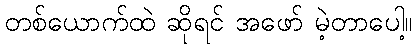
တစ်ယောက်ထဲ ဆိုရင် အဖော် မဲ့တာပေါ့။